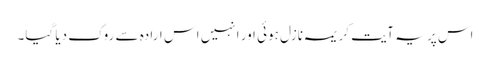
اس پر یہ آیتِ کریمہ نازل ہوئی اور انہیں اس ارادہ سے روک دیا گیا۔